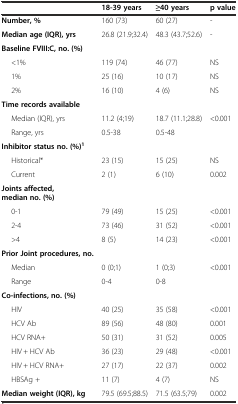
|  | 18-39 years | ≥40 years | p value |
 | --- | --- | --- | --- |
 | Number, % | 160 (73) | 60 (27) | - |
 | Median age (IQR), yrs | 26.8 (21.9;32.4) | 48.3 (43.7;52.6) | - |
 | Baseline FVIII:C, no. (%) |  |  |  |
 | <1% | 119 (74) | 46 (77) | NS |
 | 1% | 25 (16) | 10 (17) | NS |
 | 2% | 16 (10) | 4 (6) | NS |
 | Time records available |  |  |  |
 | Median (IQR), yrs | 11.2 (4;19) | 18.7 (11.1;28.8) | <0.001 |
 | Range, yrs | 0.5-38 | 0.5-48 |  |
 | Inhibitor status no. (%)1 |  |  |  |
 | Historical* | 23 (15) | 15 (25) | NS |
 | Current | 2 (1) | 6 (10) | 0.002 |
 | Joints affected, median no. (%) |  |  |  |
 | 0-1 | 79 (49) | 15 (25) | <0.001 |
 | 2-4 | 73 (46) | 31 (52) | <0.001 |
 | >4 | 8 (5) | 14 (23) | <0.001 |
 | Prior Joint procedures, no. |  |  |  |
 | Median | 0 (0;1) | 1 (0;3) | <0.001 |
 | Range | 0-4 | 0-8 |  |
 | Co-infections, no. (%) |  |  |  |
 | HIV | 40 (25) | 35 (58) | <0.001 |
 | HCV Ab | 89 (56) | 48 (80) | 0.001 |
 | HCV RNA+ | 50 (31) | 31 (52) | 0.005 |
 | HIV + HCV Ab | 36 (23) | 29 (48) | <0.001 |
 | HIV + HCV RNA+ | 27 (17) | 22 (37) | 0.002 |
 | HBSAg + | 11 (7) | 4 (7) | NS |
 | Median weight (IQR), kg | 79.5 (69.5;88.5) | 71.5 (63.5;79) | 0.002 |